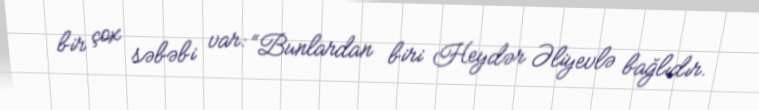
bir çox səbəbi var: “Bunlardan biri Heydər Əliyevlə bağlıdır.